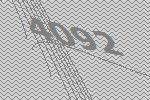
4092